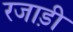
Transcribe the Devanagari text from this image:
रजाड़ी